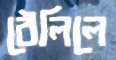
ঠেলিলে